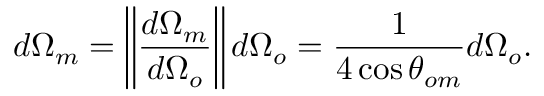
d \Omega _ { m } = \left\| \frac { d \Omega _ { m } } { d \Omega _ { o } } \right\| d \Omega _ { o } = \frac { 1 } { 4 \cos \theta _ { o m } } d \Omega _ { o } .